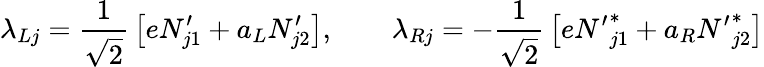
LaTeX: \lambda_{Lj}={\frac{1}{\sqrt{2}}}\left[eN_{j1}^{\prime}+a_{L}N_{j2}^{\prime}\right],\qquad\lambda_{Rj}=-{\frac{1}{\sqrt{2}}}\left[e{N^{\prime}}_{j1}^{*}+a_{R}{N^{\prime}}_{j2}^{*}\right]